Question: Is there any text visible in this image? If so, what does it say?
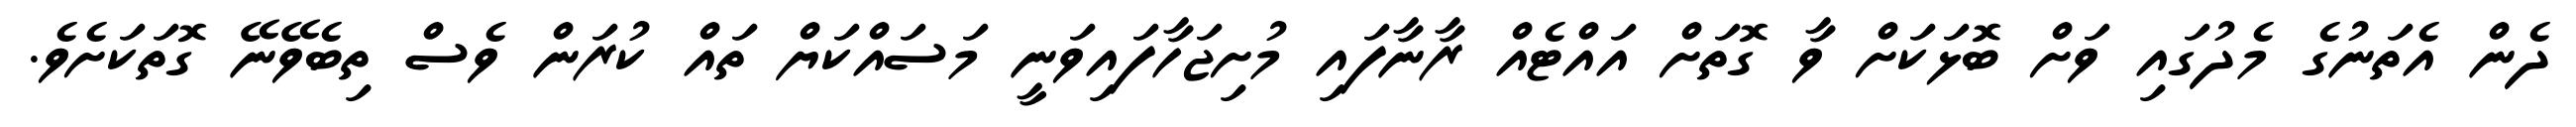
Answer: ދެން އެތަނުގެ މެދުގައި ވަށް ބޮޅަކަށް ވާ ގޮތަށް އައްޓެއް ރާނާފައި މުށިޖަހާފައިވަނީ މަސައްކަޔް ތައް ކުރަން ވެސް ތިބެވޭނޭ ގޮތަކަށެވެ.